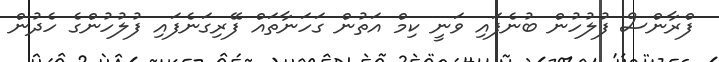
ފްރާންސް ފުލުހުން ބުނެފައި ވަނީ ކިމް އަތުން ގަހަނާތައް ފޭރިގަނެފައި ފުލުހުންގެ ހެދުން